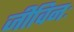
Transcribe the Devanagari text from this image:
जीविनः